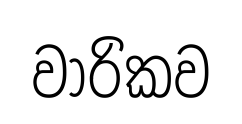
වාරිකව